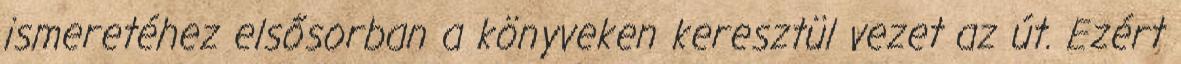
ismeretéhez elsősorban a könyveken keresztül vezet az út. Ezért